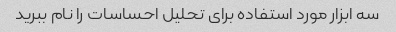
سه ابزار مورد استفاده برای تحلیل احساسات را نام ببرید